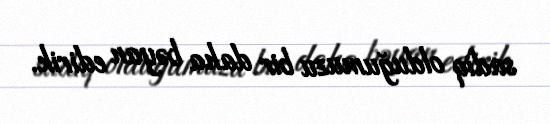
sadiq olduğumuzu bir daha bəyan edirik.